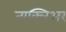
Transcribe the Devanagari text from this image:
न्यक्लिअर